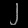
Digit: ၂